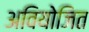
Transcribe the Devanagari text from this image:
अवियोजित